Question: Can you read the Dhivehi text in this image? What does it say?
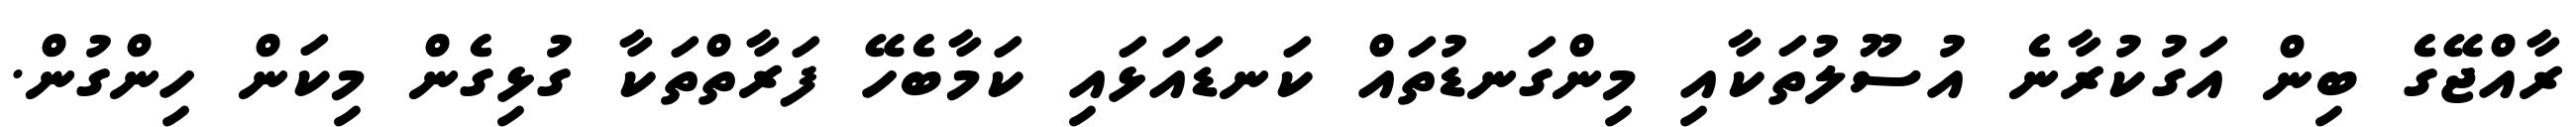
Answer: ރާއްޖޭގެ ބިން އަގުކުރާނެ އުސޫލުތަކާއި މިންގަނޑުތައް ކަނޑައަޅައި ކަމާބެހޭ ފަރާތްތަކާ ގުޅިގެން މިކަން ހިންގުން.